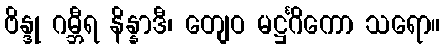
ဗိန္ဒု ဂမ္ဘီရ နိန္နာဒီ၊ တျေဝ မဋ္ဌင်္ဂိကော သရော။